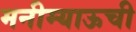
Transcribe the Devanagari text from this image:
मनीम्याऊची